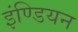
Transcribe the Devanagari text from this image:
इंण्डियन